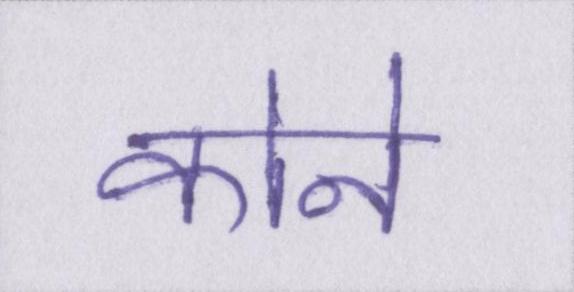
कोने